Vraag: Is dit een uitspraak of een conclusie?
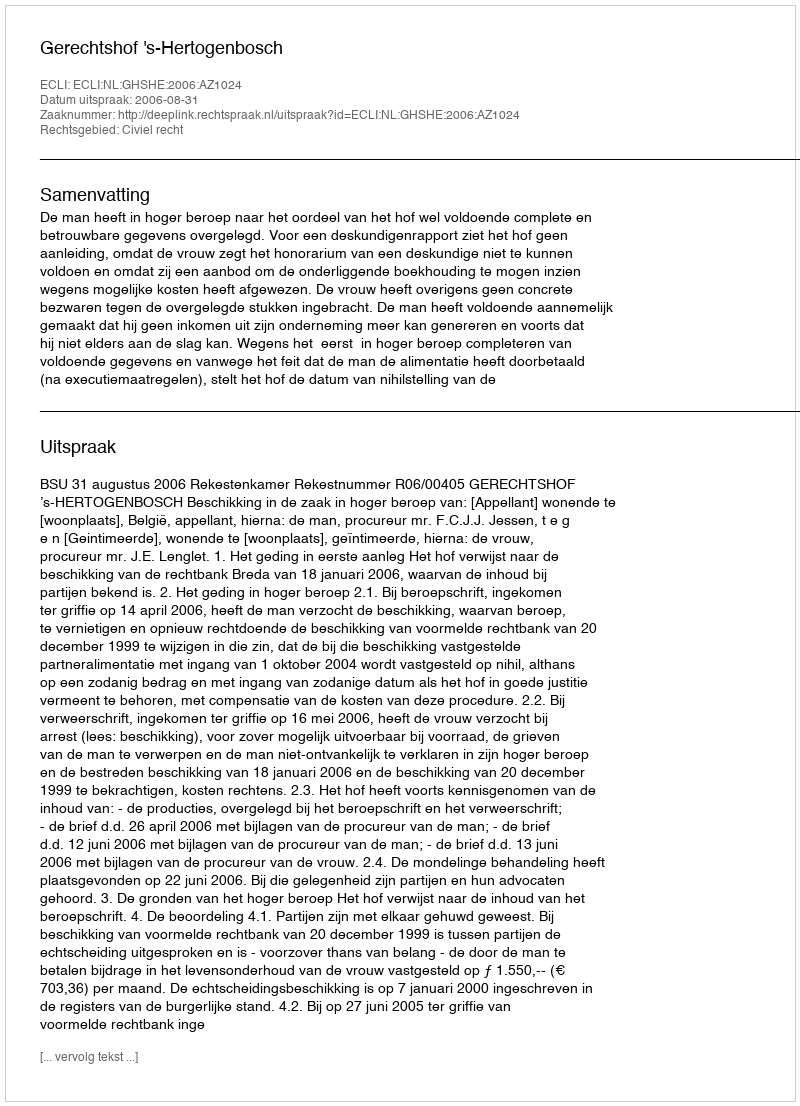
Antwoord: Uitspraak